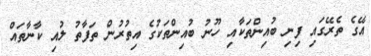
އޭގެ ތެރޭގައި ފިނި ބުއިންތަކާއި ހޫނު ބުއިންތަކުގެ އިތުރުން ތަފާތު ލުއި ކާނާތައް